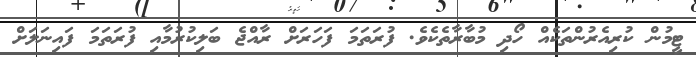
ޓީމުން ކުރިއެރުންތަކެއް ހޯދި މުބާރާތެކެވެ. ފުރަތަމަ ފަހަރަށް ރާއްޖެ ބަލިކުރުމާއި ފުރަތަމަ ފައިނަލަށް